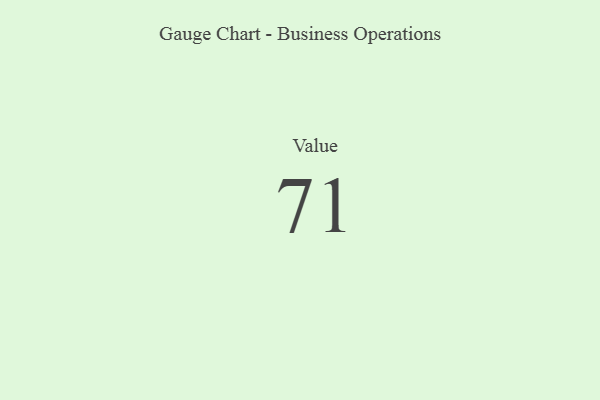
{"axis": {"x": "Metric", "y": "Value"}, "legend": [""], "data": [{"x": "Value", "y": 71, "type": ""}]}